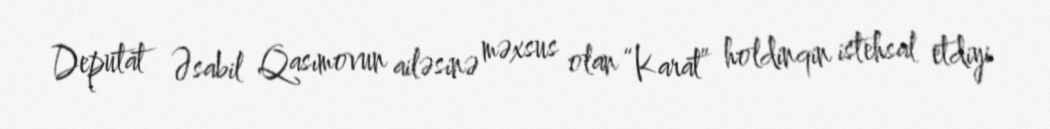
Deputat Əsabil Qasımovun ailəsinə məxsus olan “Karat” holdinqin istehsal etdiyi